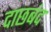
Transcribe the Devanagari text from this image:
दाछबंद